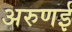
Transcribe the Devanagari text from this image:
अरुणई